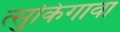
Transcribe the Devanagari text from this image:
त्सुकिगावा